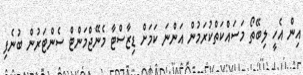
އިން އެހީ ލިބޭތޯ މަސައްކަތްކުރަމުން އަންނަ ކަމަށް ޑިޒާސްޓާ މެނޭޖްމަންޓް ސެންޓަރުން ބުނެފި